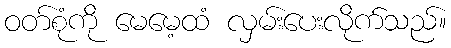
ဝတ်စုံကို မေမေ့ထံ လှမ်းပေးလိုက်သည်။